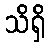
သိရှိ